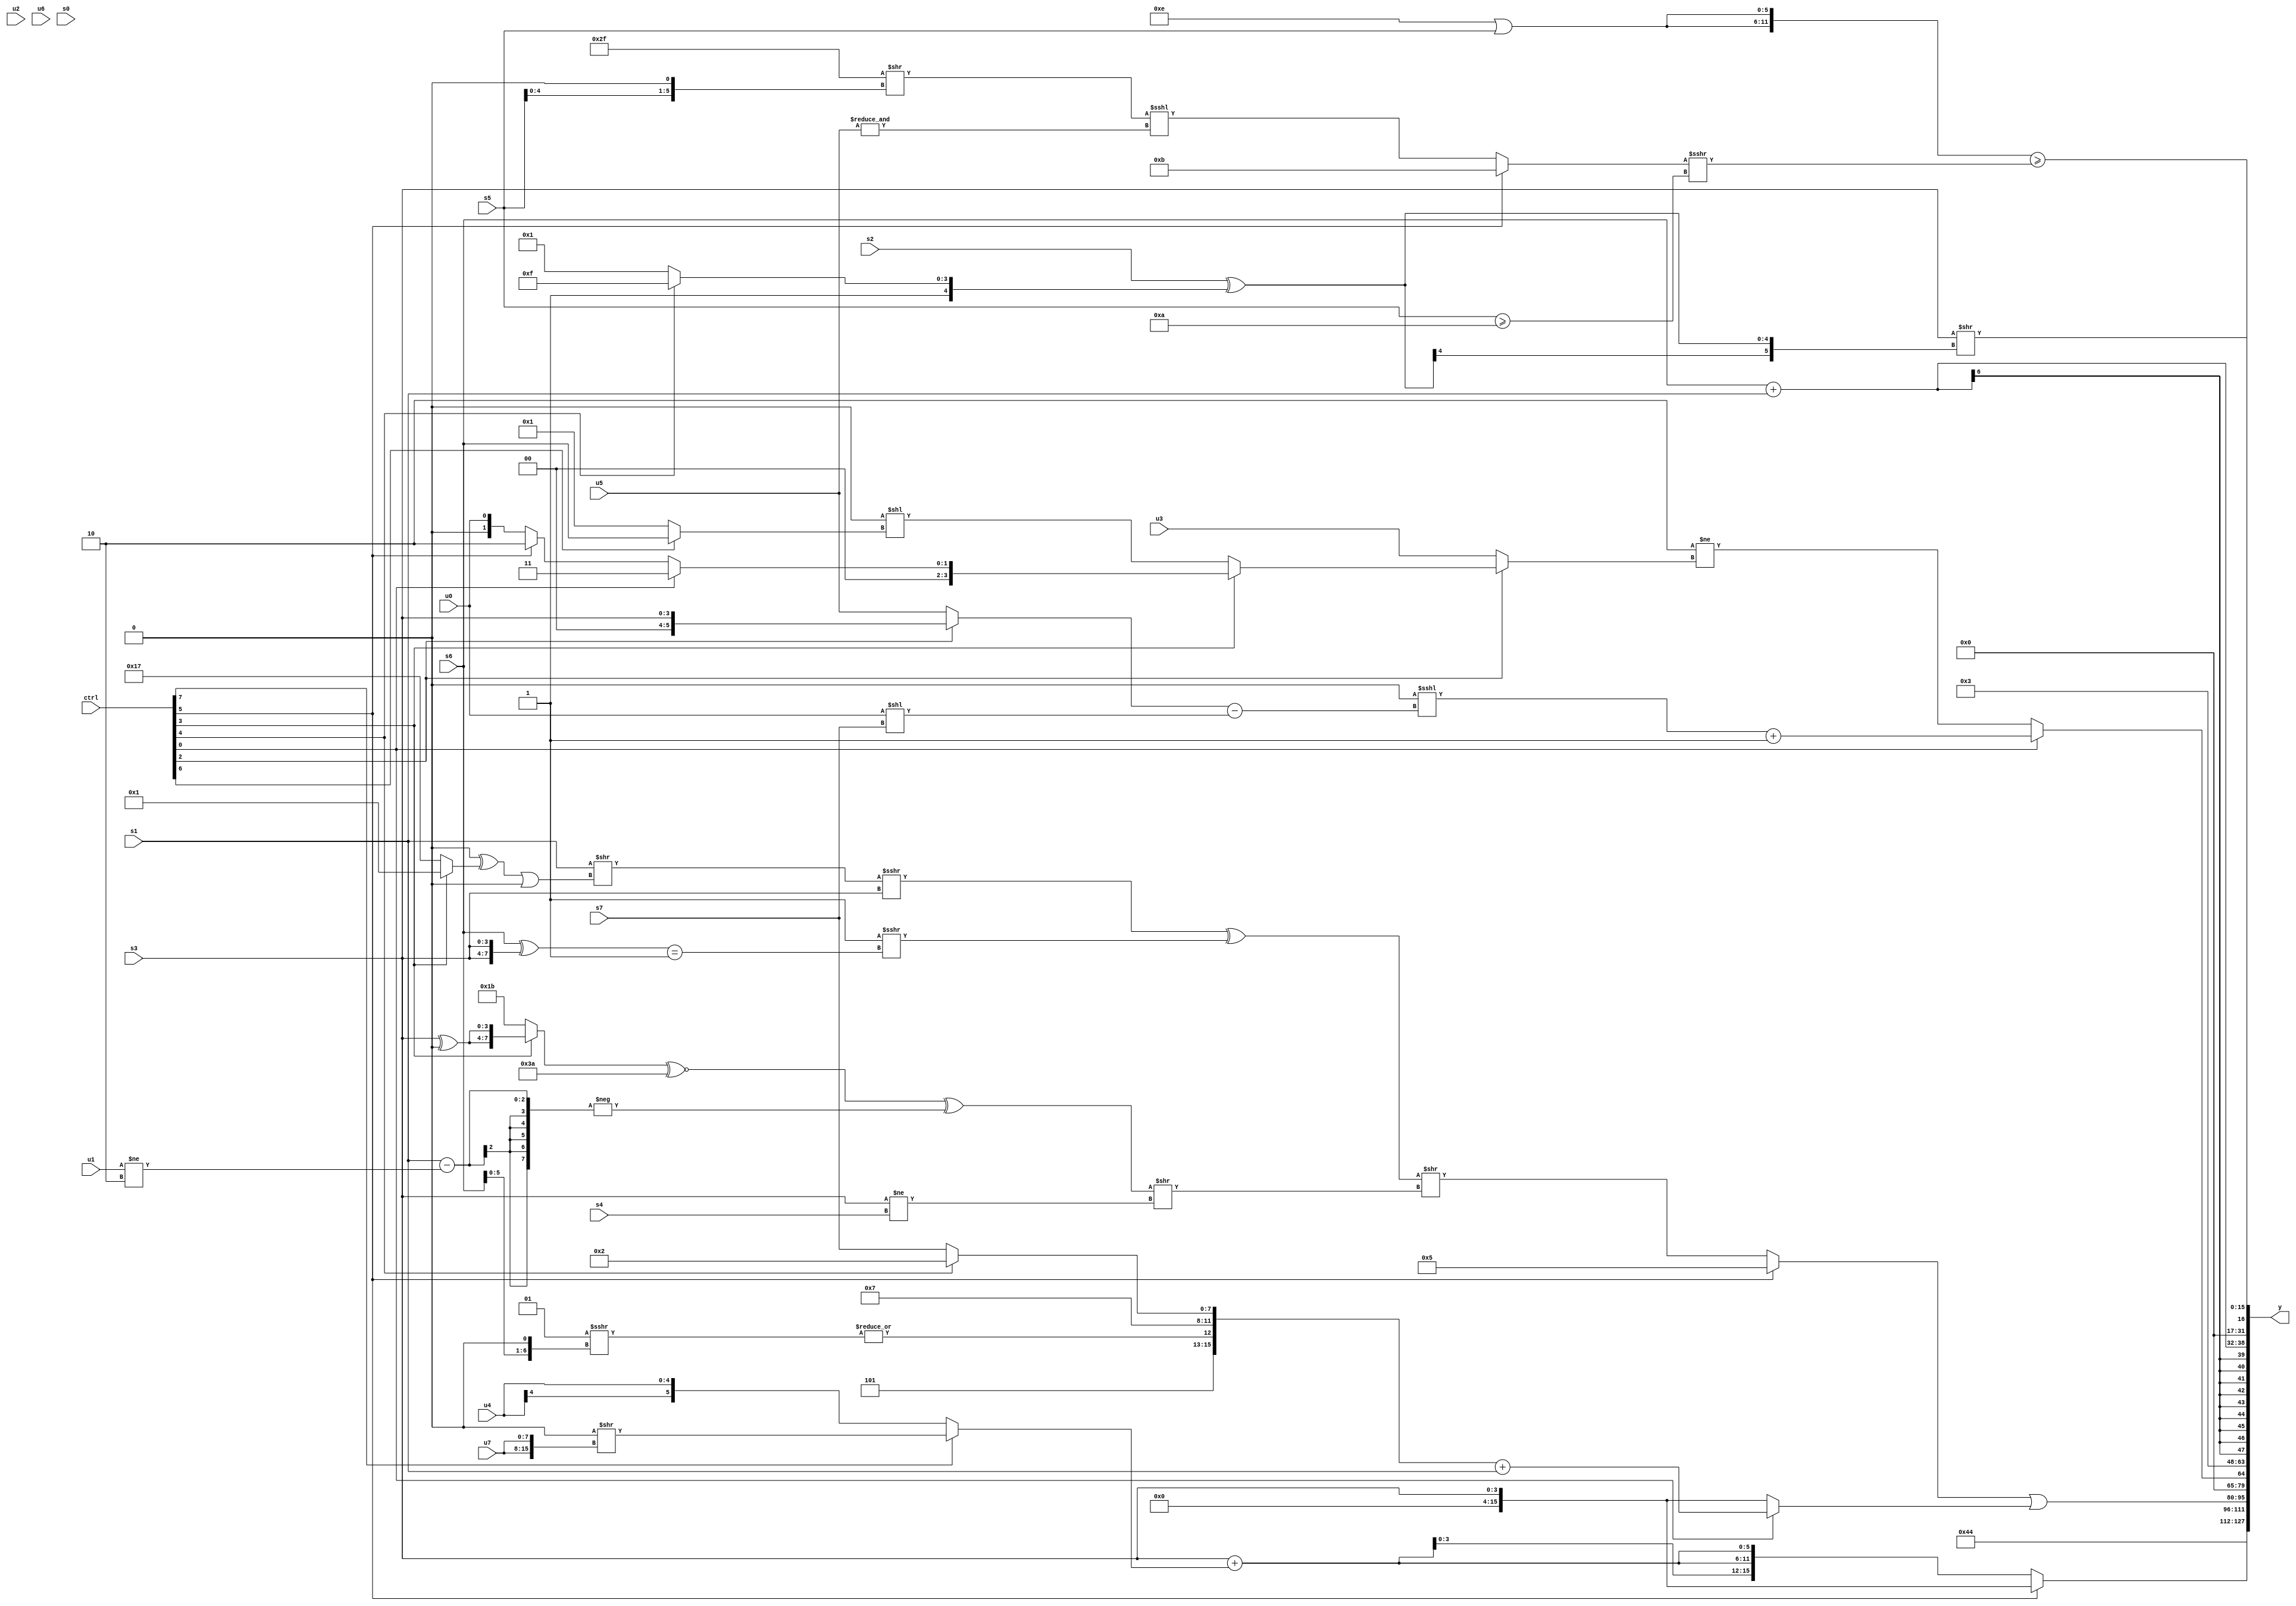
module wideexpr_00169(ctrl, u0, u1, u2, u3, u4, u5, u6, u7, s0, s1, s2, s3, s4, s5, s6, s7, y);
  input [7:0] ctrl;
  input [0:0] u0;
  input [1:0] u1;
  input [2:0] u2;
  input [3:0] u3;
  input [4:0] u4;
  input [5:0] u5;
  input [6:0] u6;
  input [7:0] u7;
  input signed [0:0] s0;
  input signed [1:0] s1;
  input signed [2:0] s2;
  input signed [3:0] s3;
  input signed [4:0] s4;
  input signed [5:0] s5;
  input signed [6:0] s6;
  input signed [7:0] s7;
  output [127:0] y;
  wire [15:0] y0;
  wire [15:0] y1;
  wire [15:0] y2;
  wire [15:0] y3;
  wire [15:0] y4;
  wire [15:0] y5;
  wire [15:0] y6;
  wire [15:0] y7;
  assign y = {y0,y1,y2,y3,y4,y5,y6,y7};
  assign y0 = {2{4'sb0100}};
  assign y1 = (ctrl[5]?s3:{3{(s3)+(+((ctrl[7]?($signed(6'sb000000))>>({2{u7}}):$signed({u4}))))}});
  assign y2 = ((ctrl[5]?6'sb000101:((((+(s1))>>(((-(2'b00))^((ctrl[3]?2'sb01:5'sb10111)))|(($signed(s5))>>>({5'sb10100}))))>>>($signed(s3)))^(((3'sb001)>>>($signed(((ctrl[0]?4'sb0111:2'sb01))<<<({3{6'sb101110}}))))>>>(((s6)^($signed({2{s3}})))==($signed(2'sb11)))))>>(((((ctrl[3]?{2{(s3)^(1'sb0)}}:5'b11011))^~(6'sb111010))^(-((s1)-($signed((u1)!=(3'b010))))))>>(-($signed($signed($unsigned((s3)!=(s4)))))))))|((ctrl[0]?(+({{{3'b001,{4{4'sb1101}}},|((3'sb001)>>>((s6)<<(2'sb01))),4'sb0111},(ctrl[4]?$signed(3'b010):s7)}))+(s1):s3));
  assign y3 = $unsigned((ctrl[0]?($signed((1'sb0)<<<(((ctrl[2]?s3:u5))-((u0)<<(s7)))))+(1'b1):(2'sb10)!=((ctrl[2]?(ctrl[3]?(ctrl[0]?(1'b0)|(2'sb11):(ctrl[5]?2'b10:u0)):(!(5'sb01011))<<((ctrl[6]?s6:2'sb01))):$signed(+($signed(u3)))))));
  assign y4 = 5'sb00011;
  assign y5 = $signed((s6)+(s1));
  assign y6 = ($signed({2{$signed((+(5'b01110))|(s5))}}))>=($signed($signed($signed(((ctrl[5]?(5'sb01011)-((-(6'sb010000))<<((1'sb0)^(3'sb010))):((-(6'b010001))>>((s5)<<<(2'sb01)))<<<(&($unsigned(u5)))))>>>(($signed(s5))>=({2{2'sb10}}))))));
  assign y7 = (s3)>>((s2)^((ctrl[4]?$signed($signed(1'sb1)):$signed(6'sb110001))));
endmodule